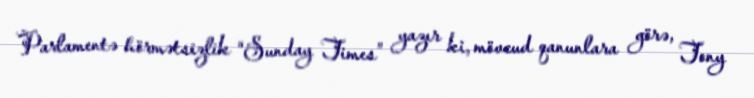
Parlamentə hörmətsizlik “Sunday Times” yazır ki, mövcud qanunlara görə, Tony